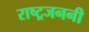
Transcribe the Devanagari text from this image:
राष्ट्रजननी